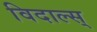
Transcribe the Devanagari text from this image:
विदाल्स्